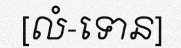
[លំ-ទោន]